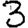
Digit: 3